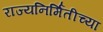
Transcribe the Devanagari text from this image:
राज्यनिर्मितीच्या